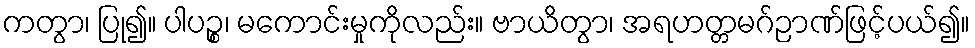
ကတွာ၊ ပြု၍။ ပါပဉ္စ၊ မကောင်းမှုကိုလည်း။ ဗာယိတွာ၊ အရဟတ္တမဂ်ဉာဏ်ဖြင့်ပယ်၍။